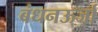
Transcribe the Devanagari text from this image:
बंधनऊर्जा